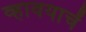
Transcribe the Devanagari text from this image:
व्हावयाचें